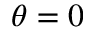
\theta = 0